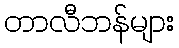
တာလီဘန်များ